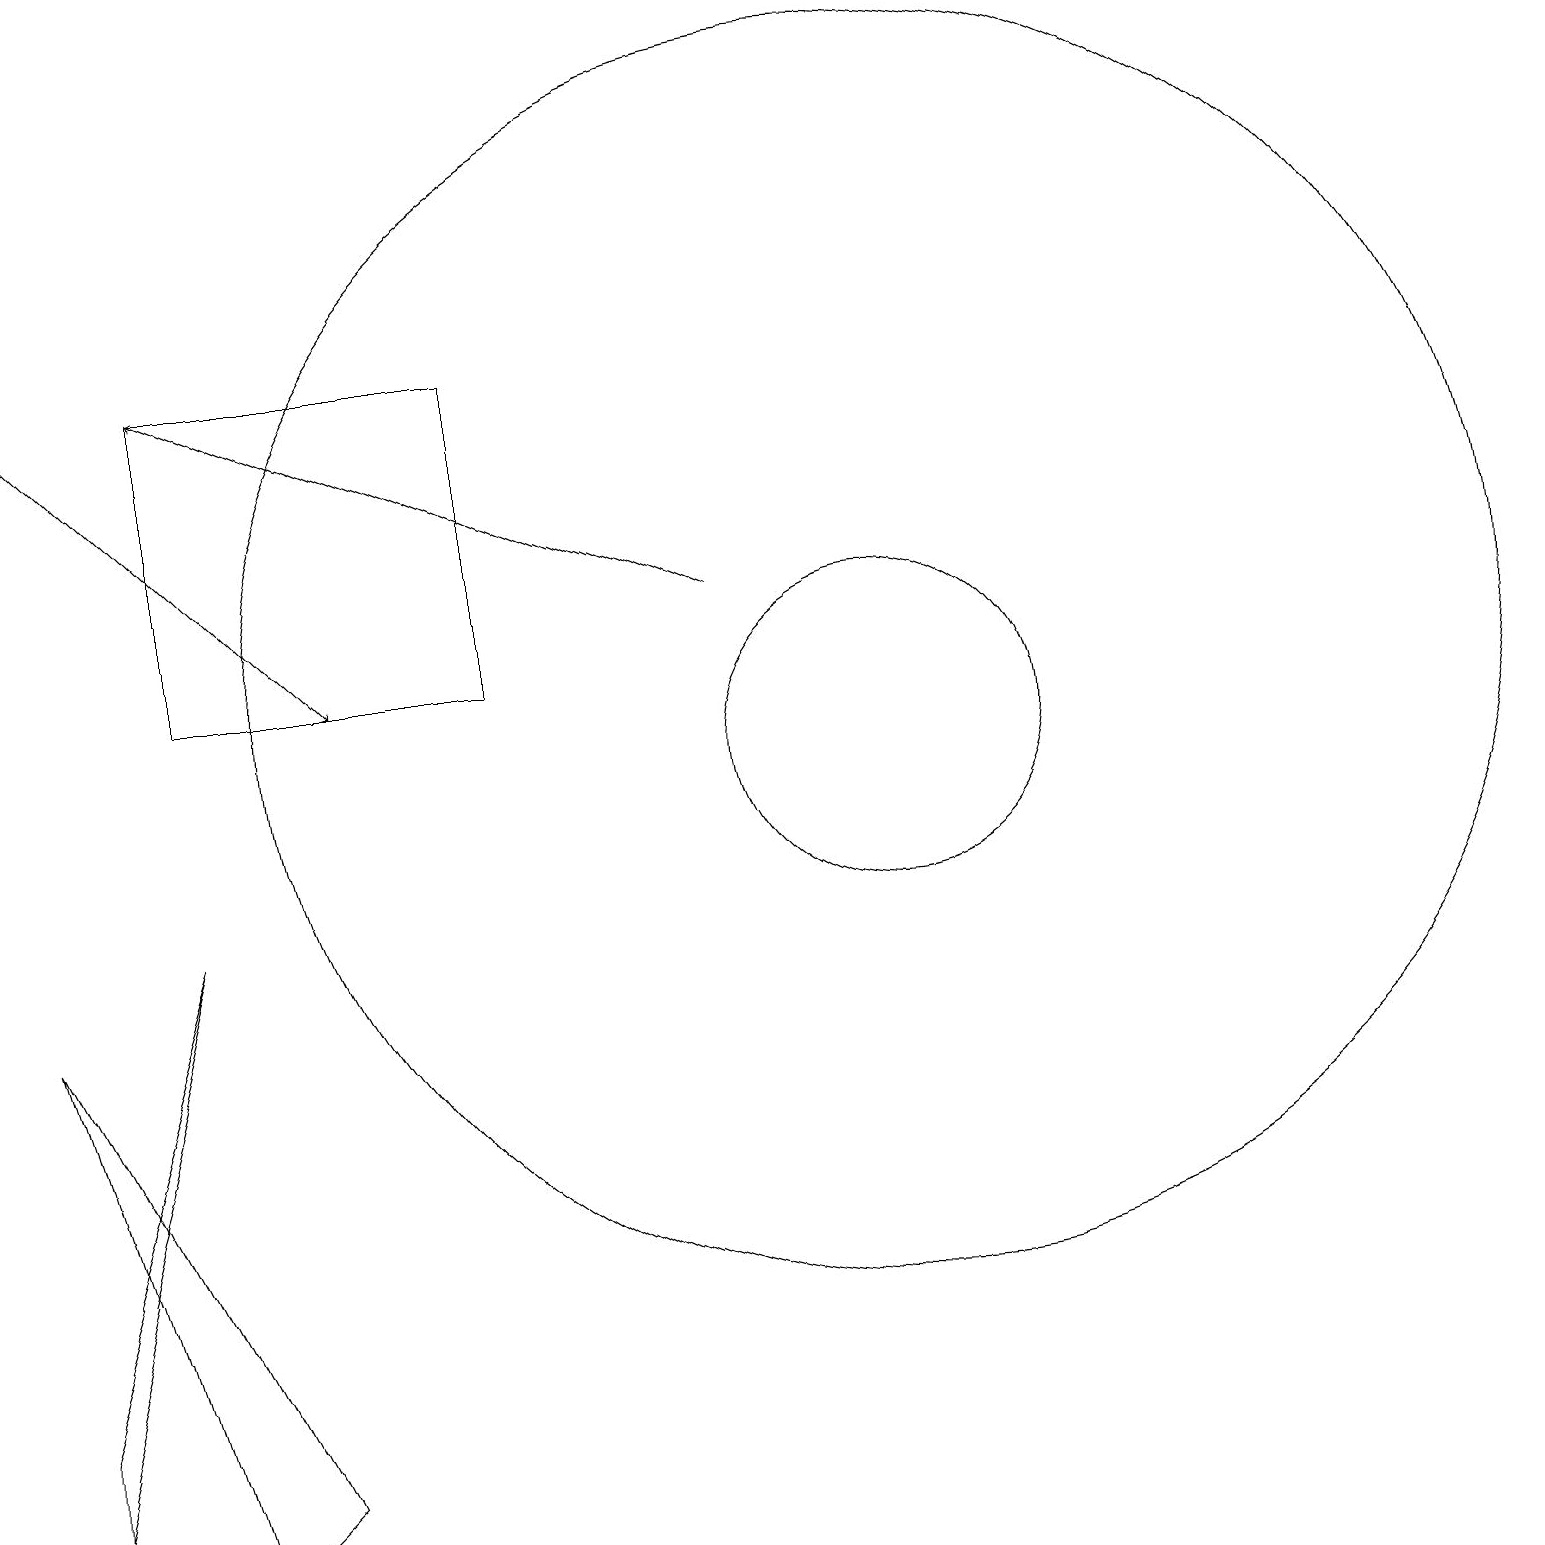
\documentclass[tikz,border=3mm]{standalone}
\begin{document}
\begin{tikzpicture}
\draw (2,9) -- (0,3) -- (0,2) -- cycle;
\draw (2,12) rectangle (6,16);
\draw[->] (0,16) -- (4,12);
\draw (10,11) circle (0);
\draw (0,8) -- (3,2) -- (2,1) -- cycle;
\draw (11,12) circle (8);
\draw (11,11) circle (2);
\draw[->] (9,13) -- (2,16);
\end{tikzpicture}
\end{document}